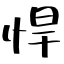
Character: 悍